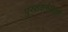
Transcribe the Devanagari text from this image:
पुस्तकरूपातही